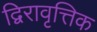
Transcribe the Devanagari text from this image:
द्विरावृत्तिक